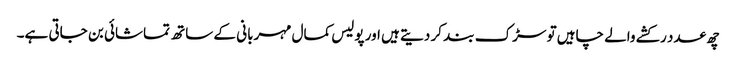
چھ عدد رکشے والے چاہیں تو سڑک بند کر دیتے ہیں اور پولیس کمال مہربانی کے ساتھ تماشائی بن جاتی ہے۔